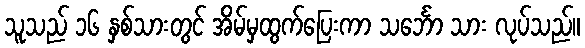
သူသည် ၁၆ နှစ်သားတွင် အိမ်မှထွက်ပြေးကာ သင်္ဘော သား လုပ်သည်။